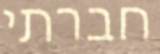
חברתי